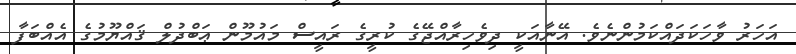
އަހަރު ވާހަކަދައްކަމުންނެވެ. އޭނާއަކީ ދިވެހިރާއްޖޭގެ ކުރީގެ ރައީސް މައުމޫން ޢަބްދުލް ޤައްޔޫމުގެ އެއްބަފާ